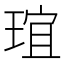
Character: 𤦌